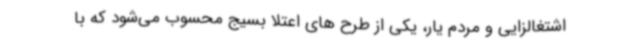
اشتغالزایی و مردم یار، یکی از طرح های اعتلا بسیج محسوب می‌شود که با